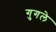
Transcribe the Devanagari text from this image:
गुगले